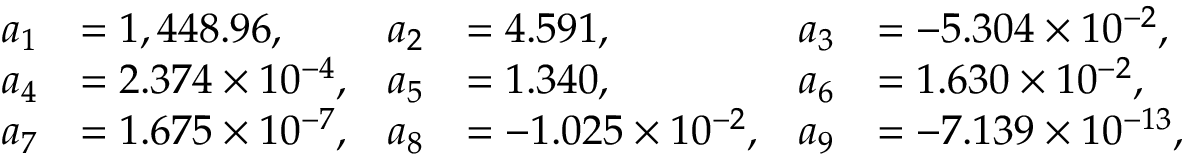
{ \begin{array} { r l r l r l } { a _ { 1 } } & { = 1 , 4 4 8 . 9 6 , } & { a _ { 2 } } & { = 4 . 5 9 1 , } & { a _ { 3 } } & { = - 5 . 3 0 4 \times 1 0 ^ { - 2 } , } \\ { a _ { 4 } } & { = 2 . 3 7 4 \times 1 0 ^ { - 4 } , } & { a _ { 5 } } & { = 1 . 3 4 0 , } & { a _ { 6 } } & { = 1 . 6 3 0 \times 1 0 ^ { - 2 } , } \\ { a _ { 7 } } & { = 1 . 6 7 5 \times 1 0 ^ { - 7 } , } & { a _ { 8 } } & { = - 1 . 0 2 5 \times 1 0 ^ { - 2 } , } & { a _ { 9 } } & { = - 7 . 1 3 9 \times 1 0 ^ { - 1 3 } , } \end{array} }